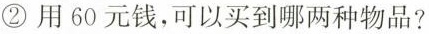
②用60元钱，可以买到哪两种物品?